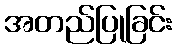
အတည်ပြုခြင်း